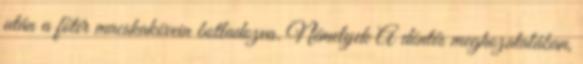
után a főtér macskakövein botladozva. Némelyek A döntés meghozatalában,